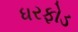
ધરફોડ